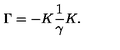
\Gamma = - K \frac { 1 } { \gamma } K .